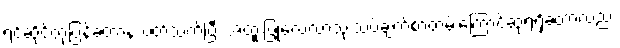
ရင်ဆိုင်တုံ့ပြန်ခဲ့တာနဲ့ ပတ်သက်ပြီး အထူးပြုလေ့လာသုံးသပ်ချက်စာတမ်းကြောင့်ဆုရရှိခဲ့တာလည်း